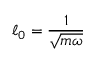
\ell _ { 0 } = \frac { 1 } { \sqrt { m \omega } }